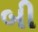
બી